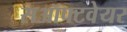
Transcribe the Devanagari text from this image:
सऑफ्टवेयर